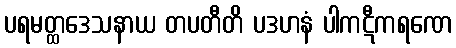
ပရမတ္ထဒေသနာယ တပတီတိ ပဒဟနံ ပါကဋီကရဏေ